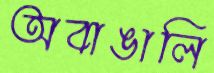
অবাঙালি